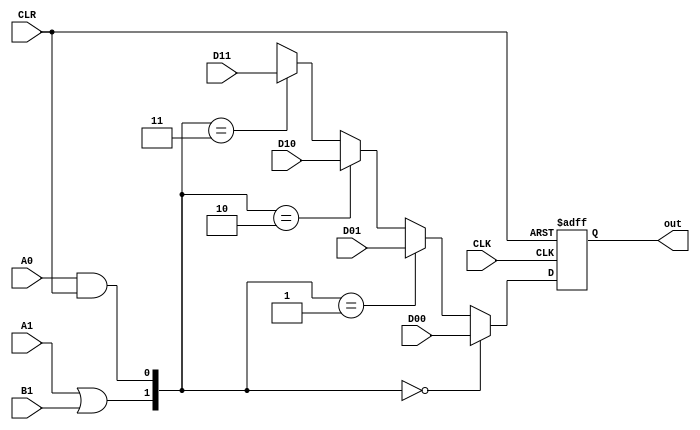
module S1 #(parameter N = 1) (D00, D01, D10, D11, A1, B1, A0, CLR, CLK, out);
	input[N-1:0] D00, D01, D10, D11;
	input A1, B1;
	input A0, CLR;
	input CLK;
	output reg[N-1:0] out;
	wire S1, S0;
	wire[N-1:0] DFFin;
	assign S1 = A1 | B1;
	assign S0 = A0 & CLR;
	assign DFFin = ({S1, S0} == 2'b00) ? D00 :
			({S1, S0} == 2'b01) ? D01 :
			({S1, S0} == 2'b10) ? D10 :
			({S1, S0} == 2'b11) ? D11 : 2'bxx;
	always@(posedge CLK, posedge CLR)
	begin
		if(CLR)
			out <= 0;
		else
			out <= DFFin;
	end
endmodule